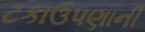
ટકાઉપણાની